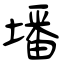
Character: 墦